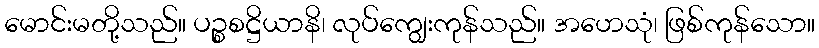
မောင်းမတို့သည်။ ပဉ္စစဋ္ဌိယာနိ၊ လုပ်ကျွေးကုန်သည်။ အဟေသုံ၊ ဖြစ်ကုန်သော။